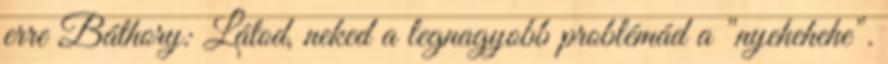
erre Báthory: Látod, neked a legnagyobb problémád a "nyehehehe".